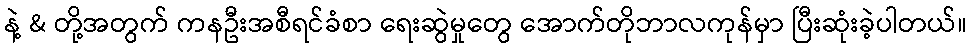
နဲ့ & တို့အတွက် ကနဦးအစီရင်ခံစာ ရေးဆွဲမှုတွေ အောက်တိုဘာလကုန်မှာ ပြီးဆုံးခဲ့ပါတယ်။